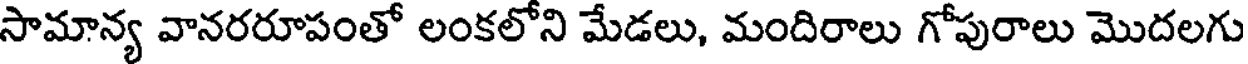
సామాన్య వానరరూపంతో లంకలోని మేడలు, మందిరాలు గోపురాలు మొదలగు